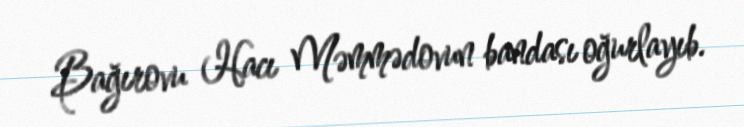
Bağırovu Hacı Məmmədovun bandası oğurlayıb.